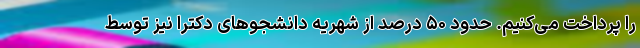
را پرداخت می‌کنیم. حدود ۵۰ درصد از شهریه دانشجوهای دکترا نیز توسط